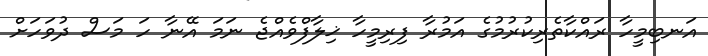
އަނބިމީހާ ރައްކާތެރިކުރުމުގެ އަމުރާ ފިރިމީހާ ޚިލާފްވެއްޖެ ނަމަ އޭނާ ހަ މަސް ދުވަހަށް